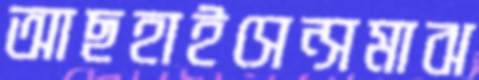
আছহাইসেন্সমাঝ